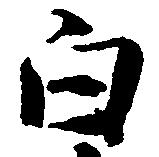
白